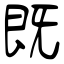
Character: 既